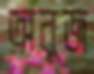
অনুজ